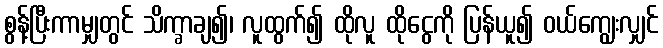
စွန့်ပြီးကာမျှတွင် သိက္ခာချ၍၊ လူထွက်၍ ထိုလူ ထိုငွေကို ပြန်ယူ၍ ဝယ်ကျွေးလျှင်